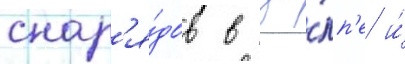
снар'я́дов в за́лп'е и́